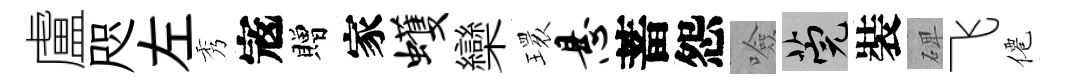
盧咫左秀𡨥贈家蠖欒𤨔悬蓄怨噞筦裝𥓓飞僊